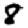
Digit: 8